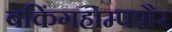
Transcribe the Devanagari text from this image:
बकिंगहाम्पशैर